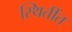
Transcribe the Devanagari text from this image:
स्थितींत